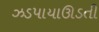
ઝડપાયાઊડતી